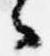
々